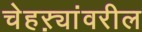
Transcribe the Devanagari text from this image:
चेहऱ्यांवरील